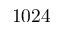
1 0 2 4